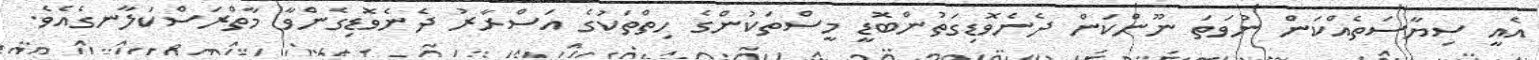
އެއީ ސިޔާސަތެއްކަން ނުވަތަ ނޫންކަން ދެނެވޮޑިގަތުންބޮޑީ މީސްތަކުންގެ ހިތްތަކުގެ އަސްރާރު ދެނެވޮޑިގެންވާ މާތްރަސްކަލާނގެއެވެ.